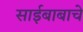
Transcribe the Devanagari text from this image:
साईबाबाचे